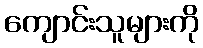
ကျောင်းသူများကို